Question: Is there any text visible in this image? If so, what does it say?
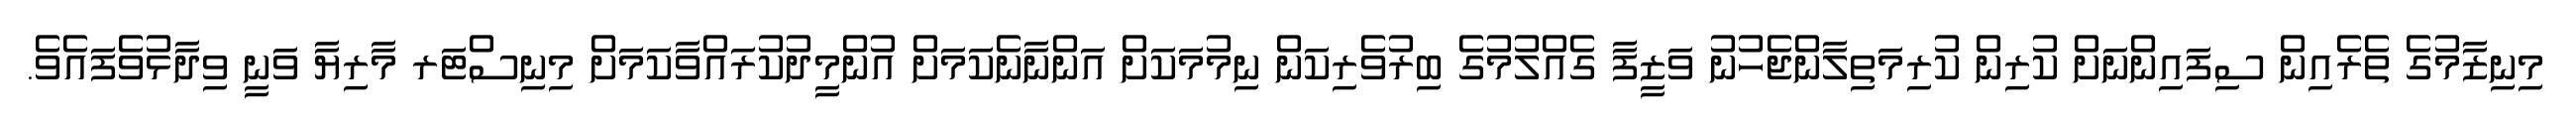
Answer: މިނިޒާމުގެ ތެރެއިން ސިފައިންނަށް ކުރިން ކުރިމަތިލާންޖެހުނު ވަޒީފާ ގެއްލުމުގެ ބިރުވެރިކަން ނިމުމަކަށް އަންނާނެކަމަށް އުންމީދުކުރައްވާކަމަށް މިނިސްޓަރ މާރިޔާ ވަނީ ވިދާޅުވެފައެވެ.